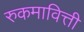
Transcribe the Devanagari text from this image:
रुकमावित्ती